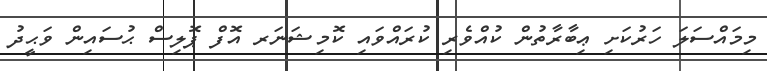
މިމައްސަލަ ހަރުކަށި ޢިބާރާތުން ކުއްވެރި ކުރައްވައި ކޮމިޝަނަރ އޮފް ޕޮލިސް ޙުސައިން ވަޙީދު